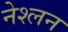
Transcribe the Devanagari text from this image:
नेश्लन